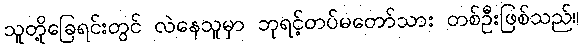
သူတို့ခြေရင်းတွင် လဲနေသူမှာ ဘုရင့်တပ်မတော်သား တစ်ဦးဖြစ်သည်။